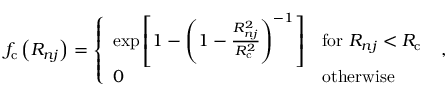
\begin{array} { r } { f _ { \mathrm { c } } \left( R _ { n j } \right) = \left\{ \begin{array} { l l } { \exp \left[ 1 - \left( 1 - \frac { R _ { n j } ^ { 2 } } { R _ { \mathrm { c } } ^ { 2 } } \right) ^ { - 1 } \right] } & { \mathrm { f o r } \ R _ { n j } < R _ { \mathrm { c } } } \\ { 0 } & { \mathrm { o t h e r w i s e } } \end{array} \right. \ , } \end{array}